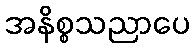
အနိစ္စသညာပေ